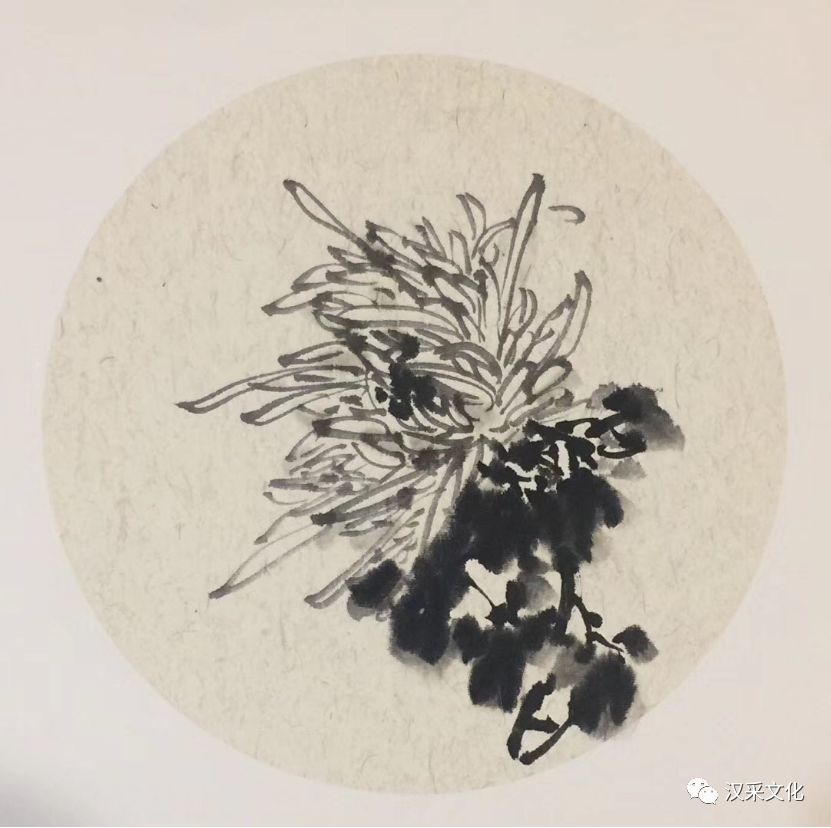
黄菊开时伤聚散。曾记花前，共说深深愿。